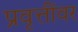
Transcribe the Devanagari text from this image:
प्रवृत्तींवर